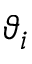
\vartheta _ { i }